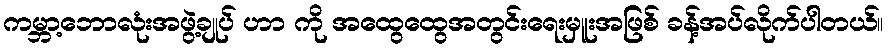
ကမ္ဘာ့ဘောလုံးအဖွဲ့ချုပ် ဟာ ကို အထွေထွေအတွင်းရေးမှူးအဖြစ် ခန့်အပ်လိုက်ပါတယ်။